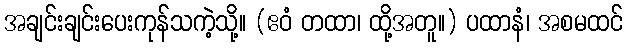
အချင်းချင်းပေးကုန်သကဲ့သို့။ (ဧဝံ တထာ၊ ထို့အတူ။) ပထာနံ၊ အစမထင်